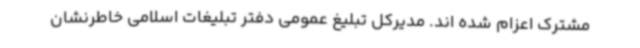
مشترک اعزام شده اند. مدیرکل تبلیغ عمومی دفتر تبلیغات اسلامی خاطرنشان